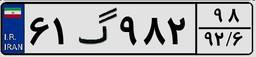
۶۱گ۹۸۲۹۸